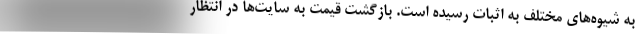
به شیوه‌های مختلف به اثبات رسیده است. بازگشت قیمت به سایت‌ها در انتظار